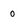
Character: 0